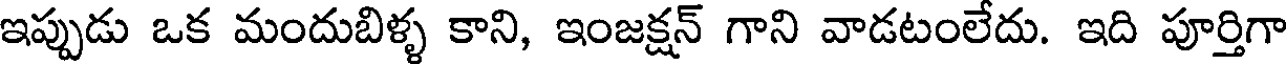
ఇప్పుడు ఒక మందుబిళ్ళ కాని, ఇంజక్షన్ గాని వాడటంలేదు. ఇది పూర్తిగా